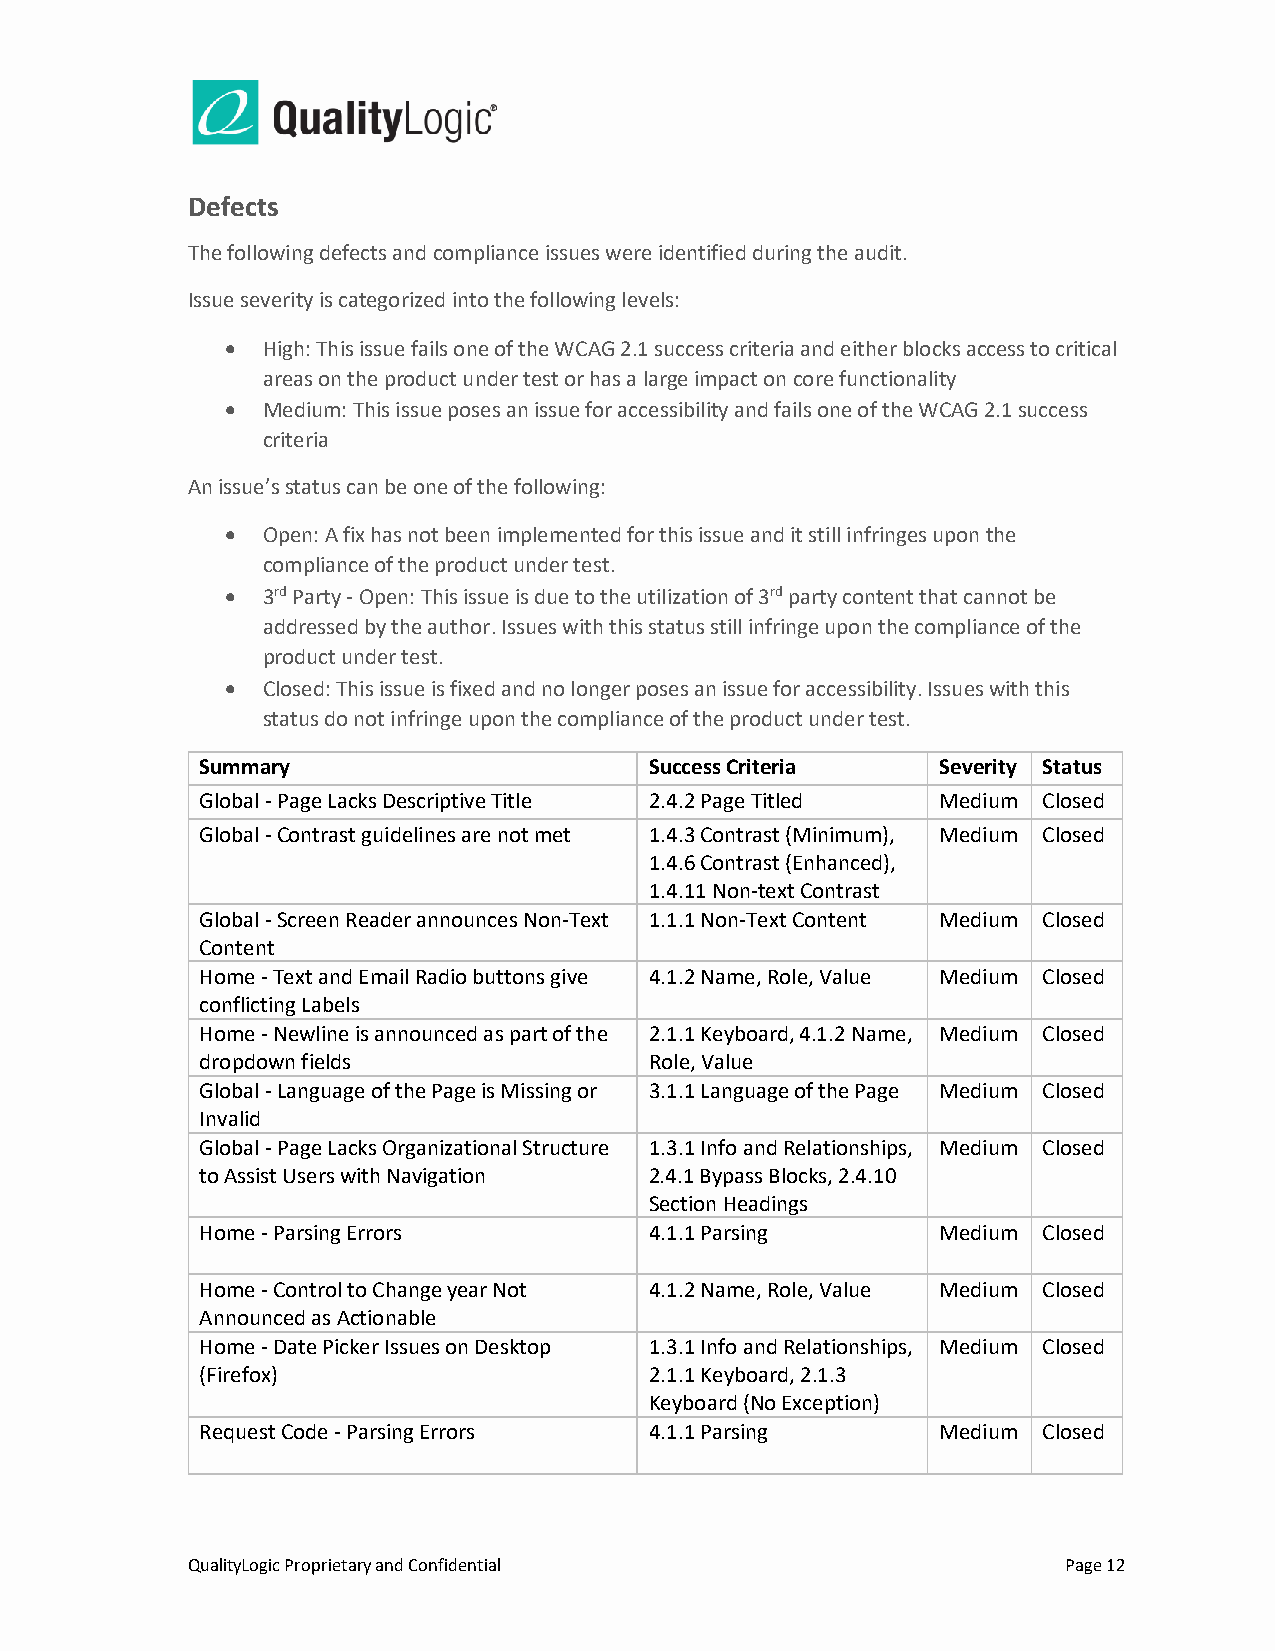
Defects
 The following defects and compliance issues were identified during the audit.
 Issue severity is categorized into the following levels:
 • High: This issue fails one of the WCAG 2.1 success criteria and either blocks access to critical
 areas on the product under test or has a large impact on core functionality
 • Medium: This issue poses an issue for accessibility and fails one of the WCAG 2.1 success
 criteria
 An issue’s status can be one of the following:
 • Open: A fix has not been implemented for this issue and it still infringes upon the
 compliance of the product under test.
 • 3rd Party - Open: This issue is due to the utilization of 3rd party content that cannot be
 addressed by the author. Issues with this status still infringe upon the compliance of the
 product under test.
 • Closed: This issue is fixed and no longer poses an issue for accessibility. Issues with this
 status do not infringe upon the compliance of the product under test.
 Summary                       Success Criteria   Severity Status
 Global - Page Lacks Descriptive Title 2.4.2 Page Titled Medium Closed
 Global - Contrast guidelines are not met 1.4.3 Contrast (Minimum), Medium Closed
 1.4.6 Contrast (Enhanced),
 1.4.11 Non-text Contrast
 Global - Screen Reader announces Non-Text 1.1.1 Non-Text Content Medium Closed
 Content
 Home - Text and Email Radio buttons give 4.1.2 Name, Role, Value Medium Closed
 conflicting Labels
 Home - Newline is announced as part of the 2.1.1 Keyboard, 4.1.2 Name, Medium Closed
 dropdown fields               Role, Value
 Global - Language of the Page is Missing or 3.1.1 Language of the Page Medium Closed
 Invalid
 Global - Page Lacks Organizational Structure 1.3.1 Info and Relationships, Medium Closed
 to Assist Users with Navigation 2.4.1 Bypass Blocks, 2.4.10
 Section Headings
 Home - Parsing Errors         4.1.1 Parsing      Medium Closed
 Home - Control to Change year Not 4.1.2 Name, Role, Value Medium Closed
 Announced as Actionable
 Home - Date Picker Issues on Desktop 1.3.1 Info and Relationships, Medium Closed
 (Firefox)                     2.1.1 Keyboard, 2.1.3
 Keyboard (No Exception)
 Request Code - Parsing Errors 4.1.1 Parsing      Medium Closed
 QualityLogic Proprietary and Confidential                  Page 12